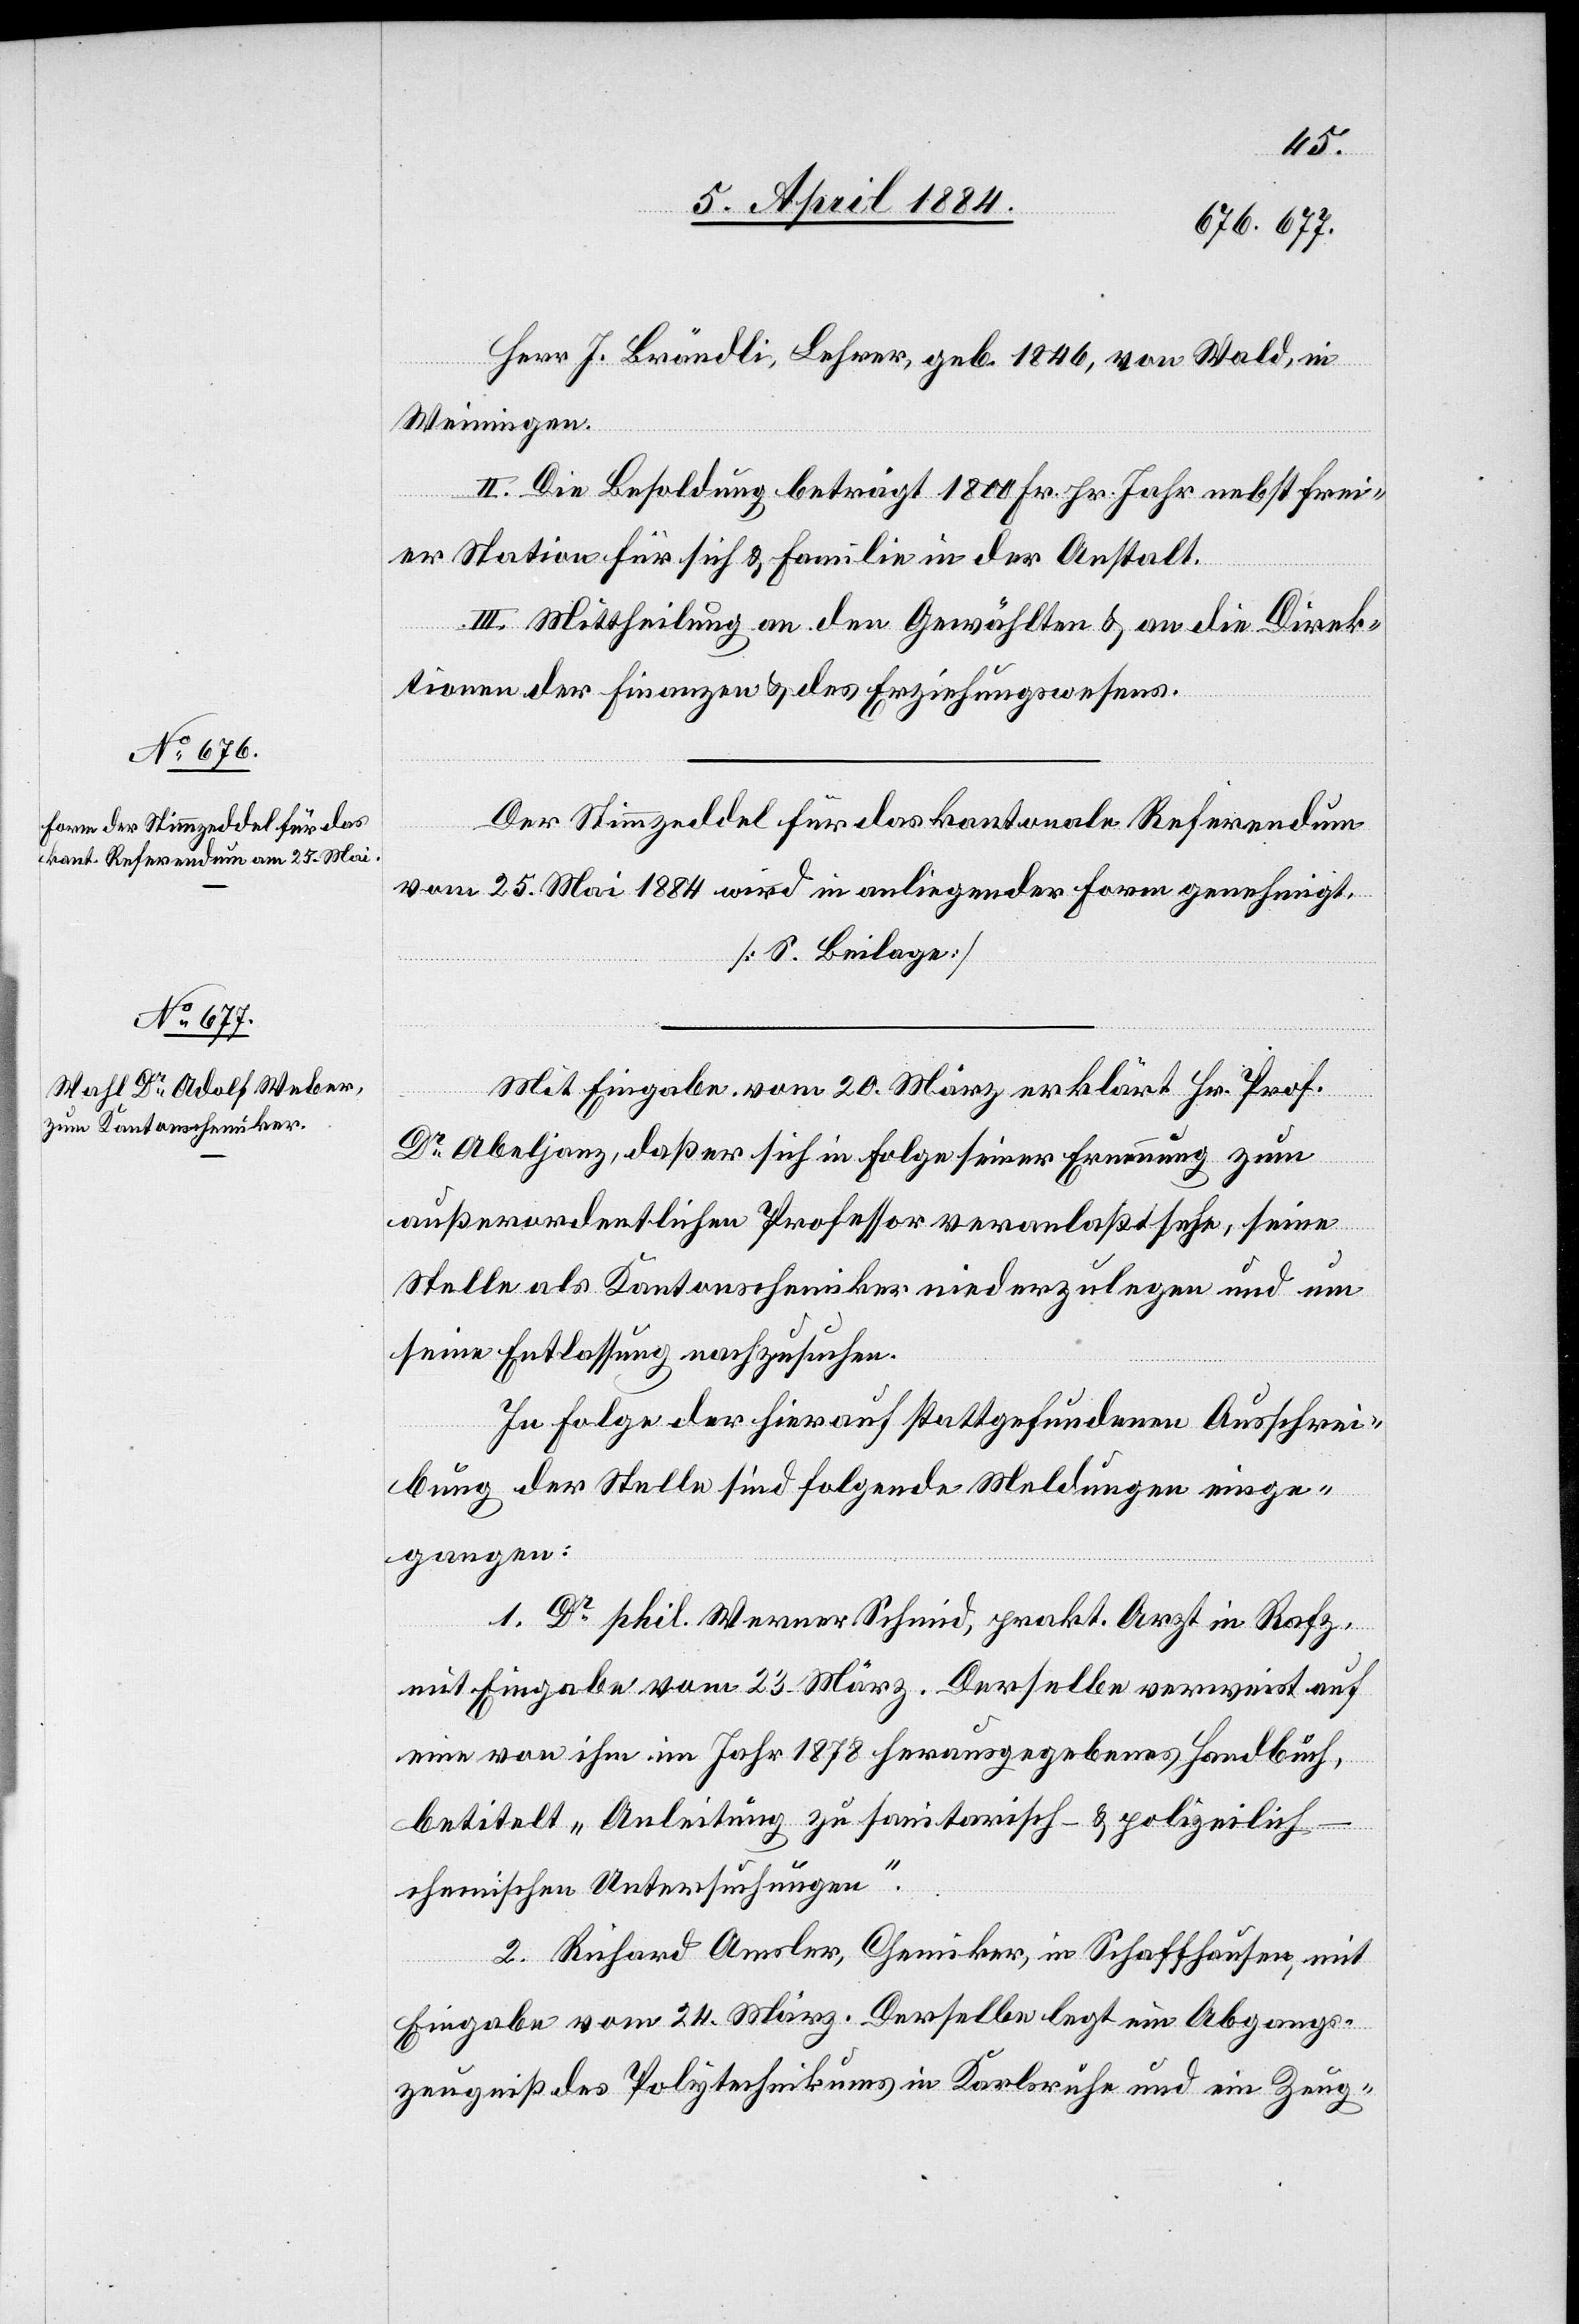
Herr J. Brändli, Lehrer, geb. 1846, von Wald, in
Weiningen.
eine
II. Die Besoldung beträgt 1800 Fr. pr. Jahr nebst frei¬
er Station für sich & Familie in der Anstalt.
III. Mittheilung an den Gewählten & an die Direk¬
tionen der Finanzen & des Erziehungswesens.
Der Stimmzeddel für das kantonale Referendum
vom 25. Mai 1884 wird in anliegender Form genehmigt.
[S. Beilagen]
Mit Eingabe vom 20. März erklärt Hr. Prof.
Dr Abeljanz, daß er sich in Folge seiner Ernennung zum
außerordentlichen Professor veranlaßt sehe, seine
Stelle als Kantonsschreiber niederzulegen und um
seine Entlassung nachzusuchen.
In Folge der hierauf stattgefundenen Ausschrei¬
bung der Stelle sind folgende Meldungen einge¬
gangen:
1. Dr phil. Werner Schmid, prakt. Arzt in Rafz,
mit Eingabe vom 23. März. Derselbe verweist auf
[sic!] von ihm im Jahr 1878 herausgegebenes Handbuch,
betitelt „Anleitung zu sanitarisch- & polizeilic¬
h-chemischen Untersuchungen.“
2. Richard Amsler, Chemiker, in Schaffhausen, mit
Eingabe vom 24. März. Derselbe legt ein Abgangs¬
zeugniß des Polytechnikums in Karlsruhe und ein Zeug-